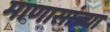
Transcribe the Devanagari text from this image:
माणासांच्या